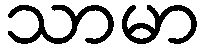
သာမာ